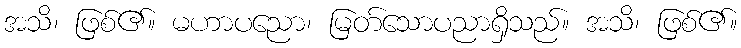
အသိ၊ ဖြစ်၏။ မဟာပညော၊ မြတ်သောပညာရှိသည်။ အသိ၊ ဖြစ်၏။